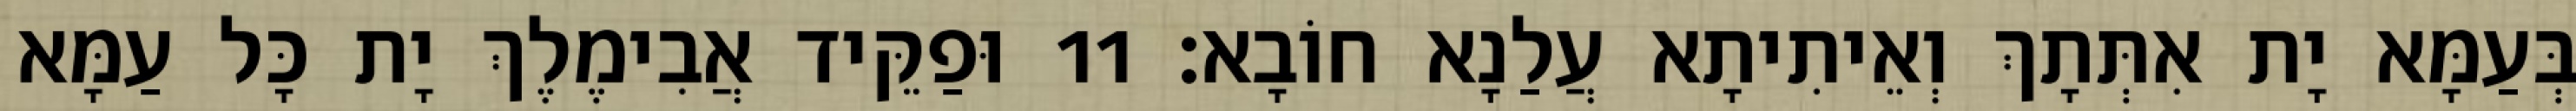
בְּעַמָּא יָת אִתְּתָךְ וְאֵיתִיתָא עֲלַנָא חוֹבָא׃ 11 וּפַקֵּיד אֲבִימֶלֶךְ יָת כָּל עַמָּא